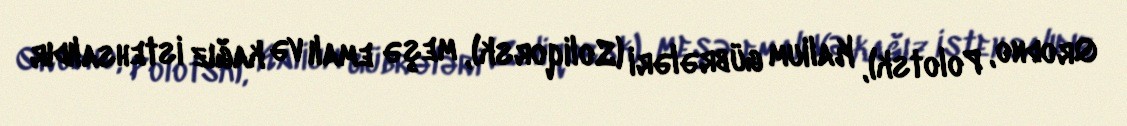
Qrodno, Polotsk), Kalium gübrələri (Soliqorsk), meşə emalı və kağız istehsalıdır